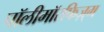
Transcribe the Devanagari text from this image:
पॉलीमॉरफिज़्म